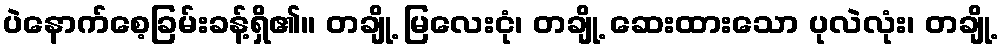
ပဲနောက်စေ့ခြမ်းခန့်ရှိ၏။ တချို့ မြလေးငုံ၊ တချို့ ဆေးထားသော ပုလဲလုံး၊ တချို့